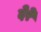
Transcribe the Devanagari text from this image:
देरे